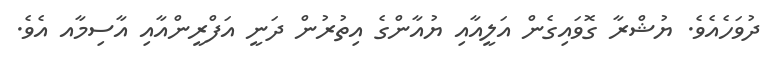
ދުވަހެއެވެ. ޔުޝްރާ ގޮވައިގެން އަލީއާއި ޔުއާންގެ އިތުރުން ދަނީ އަފްރީންއާއި އާސިމާއ އެވެ.